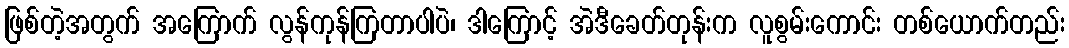
ဖြစ်တဲ့အတွက် အကြောက် လွန်ကုန်ကြတာပါပဲ၊ ဒါကြောင့် အဲဒီခေတ်တုန်းက လူစွမ်းကောင်း တစ်ယောက်တည်း